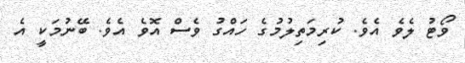
ވޯޓު ލެވެ އެވެ. ކުރިމަތިލުމުގެ ހައްގު ވެސް އޮވެ އެވެ. ބޭނުމަކީ އެ